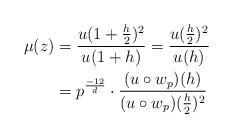
LaTeX: \begin{align*}\mu(z) &= \frac{u(1+\frac{h}{2})^2}{u(1+h)} = \frac{u(\frac{h}{2})^2}{u(h)} \\&= p^{\frac{-12}{d}} \cdot \frac{(u\circ w_p)(h)}{(u\circ w_p)(\frac{h}{2})^2} \end{align*}